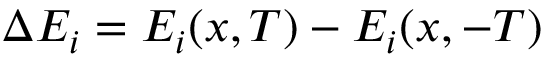
\Delta E _ { i } = E _ { i } ( x , T ) - E _ { i } ( x , - T )